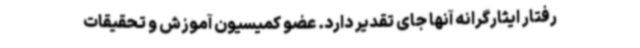
رفتار ایثارگرانه آنها جای تقدیر دارد. عضو کمیسیون آموزش و تحقیقات